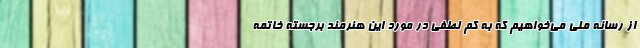
از رسانه ملی می‌خواهیم که به کم لطفی در مورد این هنرمند برجسته خاتمه